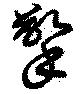
擎